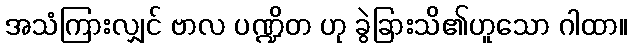
အသံကြားလျှင် ဗာလ ပဏ္ဍိတ ဟု ခွဲခြားသိ၏ဟူသော ဂါထာ။